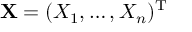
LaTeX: \mathbf { X } = ( X _ { 1 } , \ldots , X _ { n } ) ^ { \mathrm { { T } } }